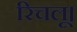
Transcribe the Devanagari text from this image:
रिचलू।